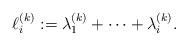
LaTeX: \begin{align*}\ell_i^{(k)} := \lambda_1^{(k)} + \cdots + \lambda_i^{(k)}.\end{align*}